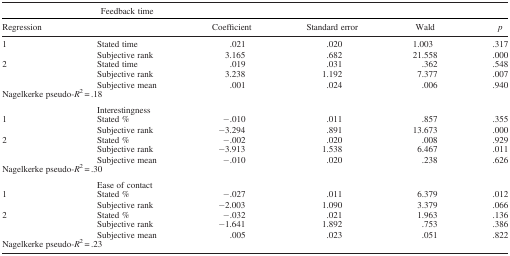
<table><thead><tr><td></td><td><b>Feedback time</b></td><td colspan="2"></td><td></td><td></td></tr><tr><td><b>Regression</b></td><td></td><td><b>Coefficient</b></td><td><b>Standard error</b></td><td><b>Wald</b></td><td><b><i>p</i></b></td></tr></thead><tbody><tr><td>1</td><td>Stated time</td><td>.021</td><td>.020</td><td>1.003</td><td>.317</td></tr><tr><td></td><td>Subjective rank</td><td>3.165</td><td>.682</td><td>21.558</td><td>.000</td></tr><tr><td>2</td><td>Stated time</td><td>.019</td><td>.031</td><td>.362</td><td>.548</td></tr><tr><td></td><td>Subjective rank</td><td>3.238</td><td>1.192</td><td>7.377</td><td>.007</td></tr><tr><td></td><td>Subjective mean</td><td>.001</td><td>.024</td><td>.006</td><td>.940</td></tr><tr><td colspan="2">Nagelkerke pseudo-<i>R</i><sup>2</sup> = .18</td><td></td><td></td><td></td><td></td></tr><tr><td></td><td>Interestingness</td><td colspan="2"></td><td></td><td></td></tr><tr><td>1</td><td>Stated %</td><td>−.010</td><td>.011</td><td>.857</td><td>.355</td></tr><tr><td></td><td>Subjective rank</td><td>−3.294</td><td>.891</td><td>13.673</td><td>.000</td></tr><tr><td>2</td><td>Stated %</td><td>−.002</td><td>.020</td><td>.008</td><td>.929</td></tr><tr><td></td><td>Subjective rank</td><td>−3.913</td><td>1.538</td><td>6.467</td><td>.011</td></tr><tr><td></td><td>Subjective mean</td><td>−.010</td><td>.020</td><td>.238</td><td>.626</td></tr><tr><td colspan="2">Nagelkerke pseudo-<i>R</i><sup>2</sup> = .30</td><td></td><td></td><td></td><td></td></tr><tr><td></td><td>Ease of contact</td><td colspan="2"></td><td></td><td></td></tr><tr><td>1</td><td>Stated %</td><td>−.027</td><td>.011</td><td>6.379</td><td>.012</td></tr><tr><td></td><td>Subjective rank</td><td>−2.003</td><td>1.090</td><td>3.379</td><td>.066</td></tr><tr><td>2</td><td>Stated %</td><td>−.032</td><td>.021</td><td>1.963</td><td>.136</td></tr><tr><td></td><td>Subjective rank</td><td>−1.641</td><td>1.892</td><td>.753</td><td>.386</td></tr><tr><td></td><td>Subjective mean</td><td>.005</td><td>.023</td><td>.051</td><td>.822</td></tr><tr><td colspan="2">Nagelkerke pseudo-<i>R</i><sup>2</sup> = .23</td><td></td><td></td><td></td><td></td></tr></tbody></table>